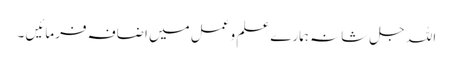
اللہ جل شانہ ہمارے علم و عمل میں اضافہ فرمائیں ۔